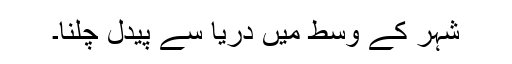
شہر کے وسط میں دریا سے پیدل چلنا۔